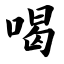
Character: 喝